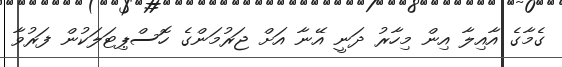
ގެމާގެ އާއިލާ އިން މިހާރު ދަނީ އޭނާ އަށް ޖަރުމަންގެ ހޮސްޕިޓަލަކުން ފަރުވާ